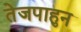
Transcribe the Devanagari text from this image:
तेजपाहुन